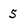
Character: 5